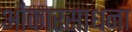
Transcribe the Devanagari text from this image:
ओंकारसाधना